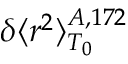
\delta \langle r ^ { 2 } \rangle _ { T _ { 0 } } ^ { A , 1 7 2 }